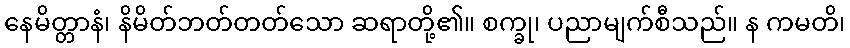
နေမိတ္တာနံ၊ နိမိတ်ဘတ်တတ်သော ဆရာတို့၏။ စက္ခု၊ ပညာမျက်စီသည်။ န ကမတိ၊